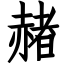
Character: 赭